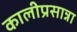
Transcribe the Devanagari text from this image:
कालीप्रसान्ना